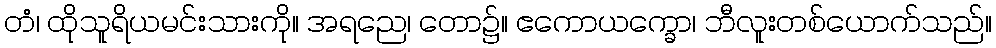
တံ၊ ထိုသူရိယမင်းသားကို။ အရညေ၊ တော၌။ ဧကောယက္ခော၊ ဘီလူးတစ်ယောက်သည်။